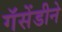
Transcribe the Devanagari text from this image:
गॅसेंडीने